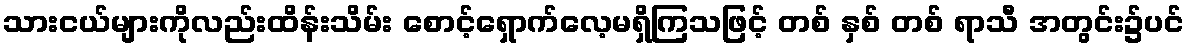
သားငယ်များကိုလည်းထိန်းသိမ်း စောင့်ရှောက်လေ့မရှိကြသဖြင့် တစ် နှစ် တစ် ရာသီ အတွင်း၌ပင်